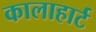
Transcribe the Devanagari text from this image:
कालाहार्ट